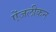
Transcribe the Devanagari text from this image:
ऐंजलीकन